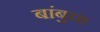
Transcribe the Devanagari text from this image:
बांबुचा